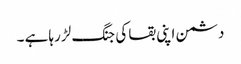
دشمن اپنی بقا کی جنگ لڑ رہا ہے ۔